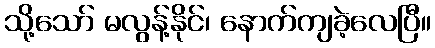
သို့သော် မလွန့်နိုင်၊ နောက်ကျခဲ့လေပြီ။